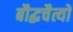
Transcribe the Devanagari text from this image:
बौद्धचैत्यों